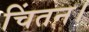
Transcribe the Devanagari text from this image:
चिंतन।